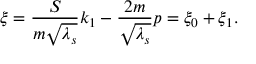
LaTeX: \xi = { \frac { S } { m \sqrt { \lambda _ { s } } } } k _ { 1 } - { \frac { 2 m } { \sqrt { \lambda _ { s } } } } p = \xi _ { 0 } + \xi _ { 1 } .